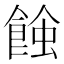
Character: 𧐂